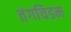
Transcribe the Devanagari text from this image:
तंगचिडम